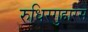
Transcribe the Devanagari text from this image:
रुधिरगुहारस